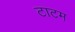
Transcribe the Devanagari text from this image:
टाटम